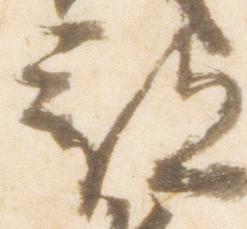
部